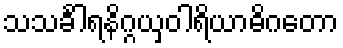
သသင်္ခါရနိဂ္ဂယှဝါရိယာဓိဂတော